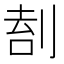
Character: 𠝛